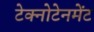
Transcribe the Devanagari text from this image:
टेक्नोटेनमेंट